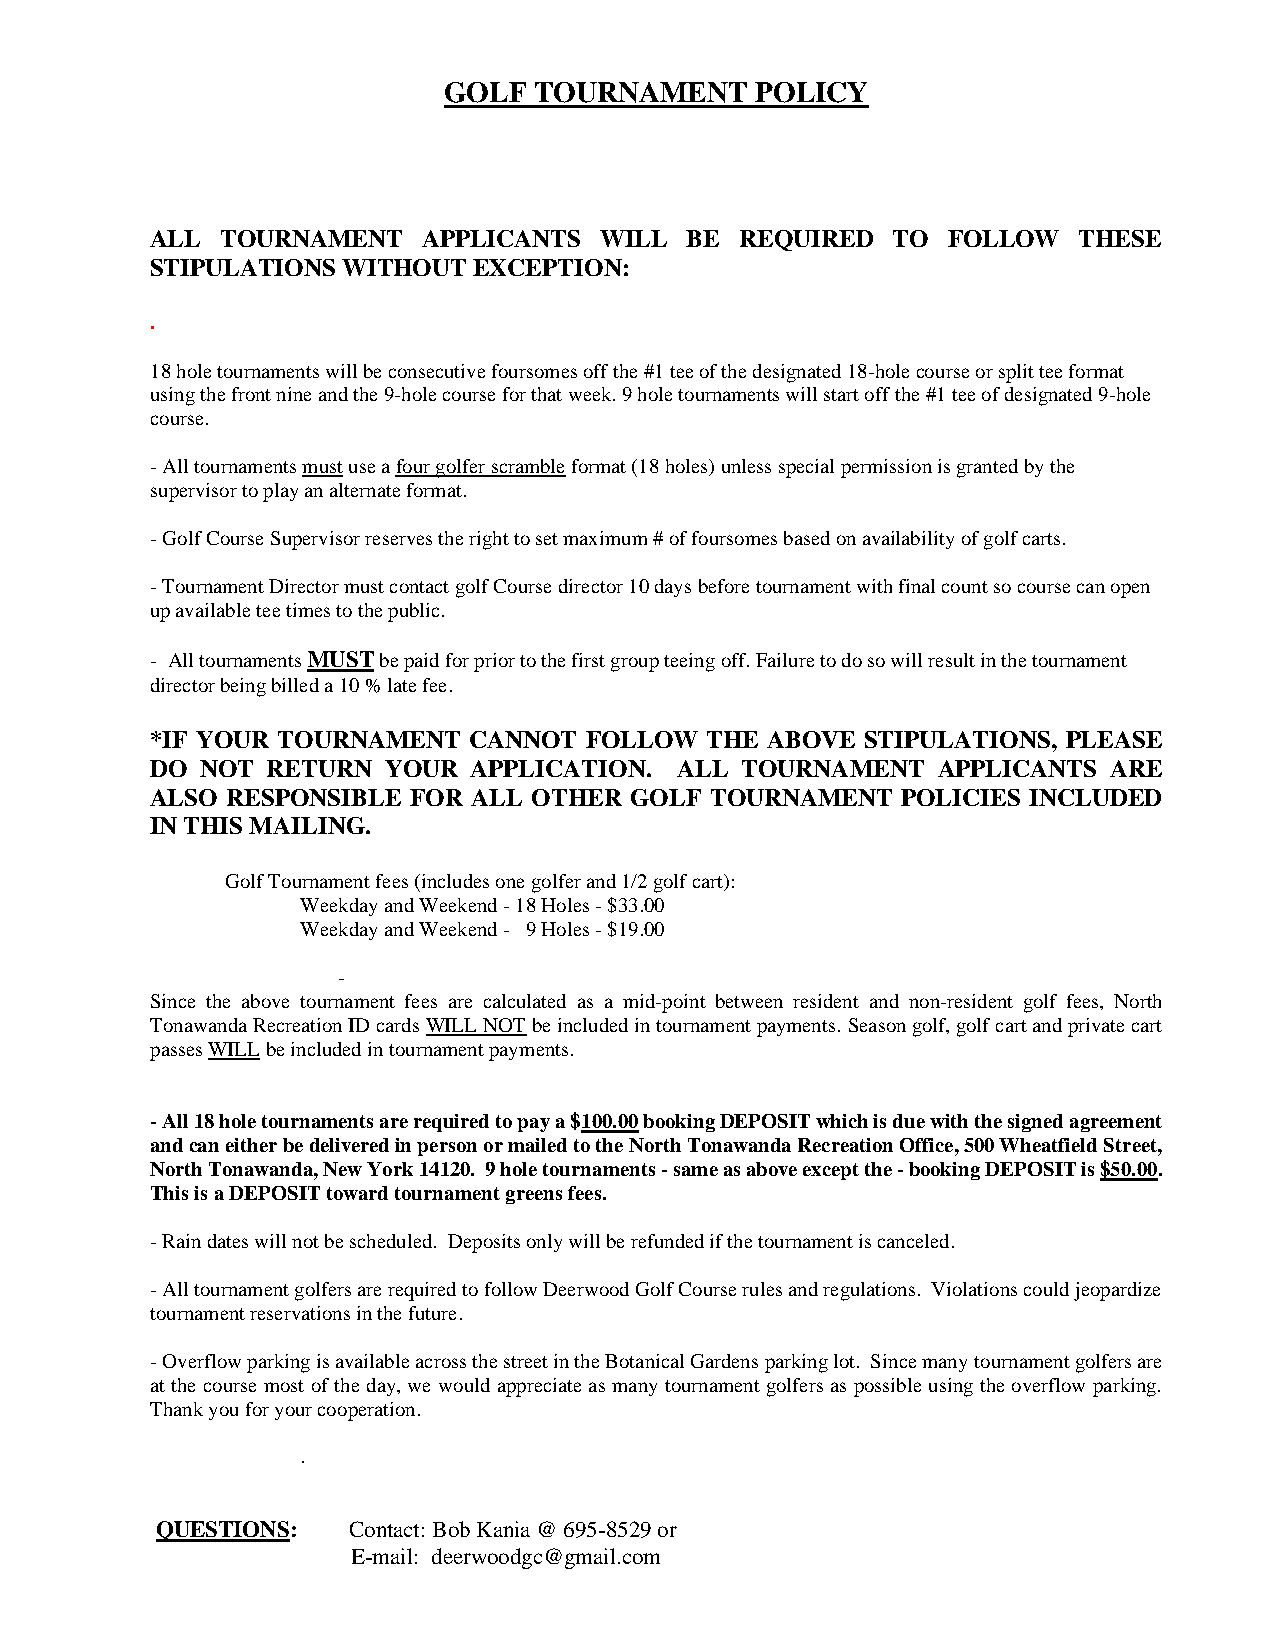
GOLF  TOURNAMENT     POLICY
 ALL  TOURNAMENT   APPLICANTS  WILL  BE REQUIRED  TO  FOLLOW  THESE
 STIPULATIONS WITHOUT EXCEPTION:
 .
 18 hole tournaments will be consecutive foursomes off the #1 tee of the designated 18-hole course or split tee format
 using the front nine and the 9-hole course for that week. 9 hole tournaments will start off the #1 tee of designated 9-hole
 course.
 - All tournaments must use a four golfer scramble format (18 holes) unless special permission is granted by the
 supervisor to play an alternate format.
 - Golf Course Supervisor reserves the right to set maximum # of foursomes based on availability of golf carts.
 - Tournament Director must contact golf Course director 10 days before tournament with final count so course can open
 up available tee times to the public.
 - All tournaments MUST be paid for prior to the first group teeing off. Failure to do so will result in the tournament
 director being billed a 10 % late fee.
 *IF YOUR TOURNAMENT  CANNOT  FOLLOW  THE ABOVE STIPULATIONS, PLEASE
 DO NOT  RETURN YOUR  APPLICATION.  ALL TOURNAMENT   APPLICANTS ARE
 ALSO RESPONSIBLE FOR ALL OTHER  GOLF TOURNAMENT   POLICIES INCLUDED
 IN THIS MAILING.
 Golf Tournament fees (includes one golfer and 1/2 golf cart):
 Weekday and Weekend - 18 Holes - $33.00
 Weekday and Weekend - 9 Holes - $19.00
 -
 Since the above tournament fees are calculated as a mid-point between resident and non-resident golf fees, North
 Tonawanda Recreation ID cards WILL NOT be included in tournament payments. Season golf, golf cart and private cart
 passes WILL be included in tournament payments.
 - All 18 hole tournaments are required to pay a $100.00 booking DEPOSIT which is due with the signed agreement
 and can either be delivered in person or mailed to the North Tonawanda Recreation Office, 500 Wheatfield Street,
 North Tonawanda, New York 14120. 9 hole tournaments - same as above except the - booking DEPOSIT is $50.00.
 This is a DEPOSIT toward tournament greens fees.
 - Rain dates will not be scheduled. Deposits only will be refunded if the tournament is canceled.
 - All tournament golfers are required to follow Deerwood Golf Course rules and regulations. Violations could jeopardize
 tournament reservations in the future.
 - Overflow parking is available across the street in the Botanical Gardens parking lot. Since many tournament golfers are
 at the course most of the day, we would appreciate as many tournament golfers as possible using the overflow parking.
 Thank you for your cooperation.
 .
 QUESTIONS:   Contact: Bob Kania @ 695-8529 or
 E-mail: deerwoodgc@gmail.com